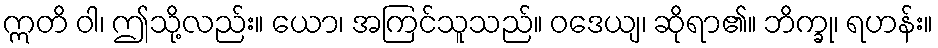
ဣတိ ဝါ၊ ဤသို့လည်း။ ယော၊ အကြင်သူသည်။ ဝဒေယျ၊ ဆိုရာ၏။ ဘိက္ခု၊ ရဟန်း။